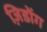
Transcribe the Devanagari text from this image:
ज़िडोंग